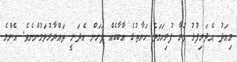
މިއަދު އެދަރިފުޅު ފުރާ ފުރިހަމަވެ ހަޔާތުގެ އާބާބެއް ފަށަން އެދަނީ ތައްޔާރުވަމުންނެވެ. އެންމެ